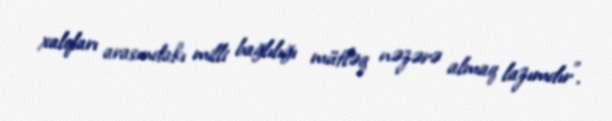
xalqları arasındakı milli bağlılığı mütləq nəzərə almaq lazımdır”.